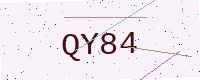
Text: QY84